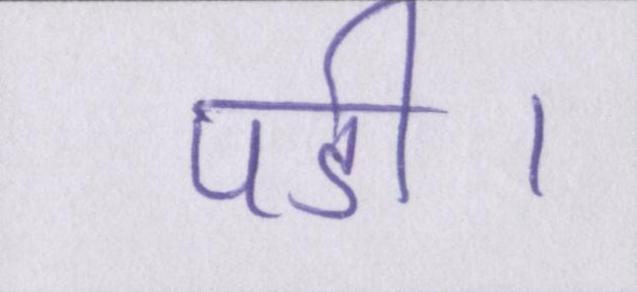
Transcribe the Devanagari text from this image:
पडी।